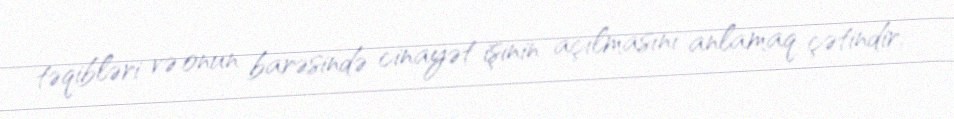
təqibləri və onun barəsində cinayət işinin açılmasını anlamaq çətindir.